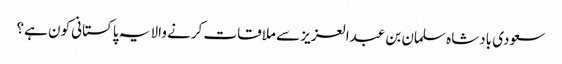
سعودی بادشاہ سلمان بن عبدالعزیز سے ملاقات کرنے والا یہ پاکستانی کون ہے؟